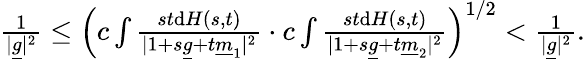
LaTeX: \begin{array}{r}{\frac{1}{\vert\underline{{g}}\vert^{2}}\le\left(c\int\frac{st\mathrm{d}H(s,t)}{\vert 1+s\underline{{g}}+t\underline{{m}}_{1}\vert^{2}}\cdot c\int\frac{st\mathrm{d}H(s,t)}{\vert 1+s\underline{{g}}+t\underline{{m}}_{2}\vert^{2}}\right)^{1/2}<\frac{1}{\vert\underline{{g}}\vert^{2}}.}\end{array}